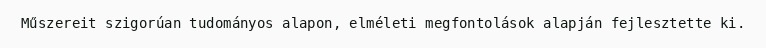
Műszereit szigorúan tudományos alapon, elméleti megfontolások alapján fejlesztette ki.